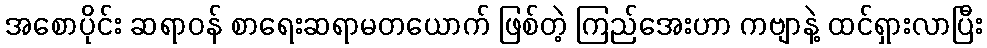
အစောပိုင်း ဆရာဝန် စာရေးဆရာမတယောက် ဖြစ်တဲ့ ကြည်အေးဟာ ကဗျာနဲ့ ထင်ရှားလာပြီး